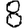
Digit: 8